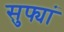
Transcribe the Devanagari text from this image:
सुफ्यां